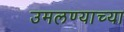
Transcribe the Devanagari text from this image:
उमलण्याच्या